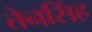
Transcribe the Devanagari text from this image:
तेनसिंह